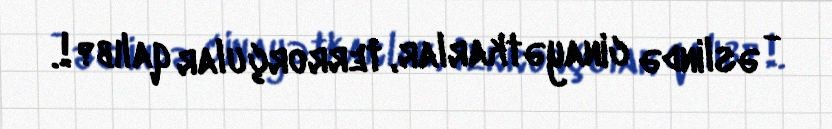
- əslində cinayətkarlar, terrorçular qalıb?!.